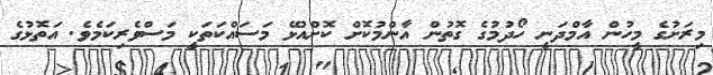
މިރަށުގެ މީހުން އާމްދަނީ ހޯދުމުގެ ގޮތުން އާންމުކޮށް ކޮށްއުޅޭ މަސައްކަތަކީ މަސްވެރިކަމެވެ. އަތޮޅުގެ